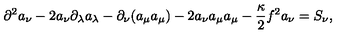
\partial ^ { 2 } a _ { \nu } - 2 a _ { \nu } \partial _ { \lambda } a _ { \lambda } - \partial _ { \nu } ( a _ { \mu } a _ { \mu } ) - 2 a _ { \nu } a _ { \mu } a _ { \mu } - \frac { \kappa } { 2 } f ^ { 2 } a _ { \nu } = S _ { \nu } ,